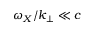
\omega _ { X } / k _ { \perp } \ll c